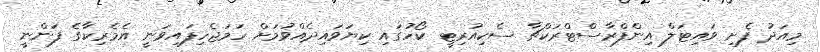
މިއަދު ފެށި ވައިޓަލް އިންފްރާސްޓްރަކްޗާ ސެކިއުރިޓީ ކޯހުގައި ކިޔަވައިދެއްވުމަށް ހަމަޖެހިފައިވަނީ އެމެރިކާގެ ފަންނީ